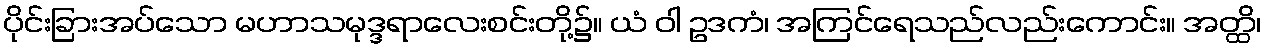
ပိုင်းခြားအပ်သော မဟာသမုဒ္ဒရာလေးစင်းတို့၌။ ယံ ဝါ ဥဒကံ၊ အကြင်ရေသည်လည်းကောင်း။ အတ္ထိ၊